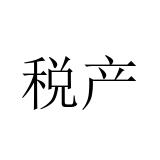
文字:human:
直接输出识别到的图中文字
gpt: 税产